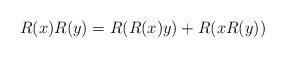
LaTeX: \begin{align*} R(x)R(y) = R(R(x)y)+R(xR(y)) \end{align*}